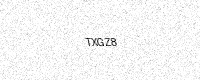
Text: TXGZ8